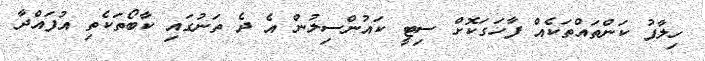
ހިލާފު ކަންތައްތަކެއް ފާހަގަކޮށް ސިޓީ ކައުންސިލުން އެ ދެ ތަނުގައި ކާބޯތަކެތި އުފައްދާ